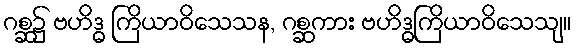
ဂစ္ဆ၌ ဗဟိဒ္ဓ ကြိယာဝိသေသန, ဂစ္ဆကား ဗဟိဒ္ဓကြိယာဝိသေသျ။